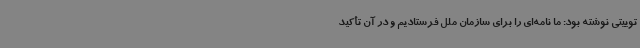
توییتی نوشته بود: ما نامه‌ای را برای سازمان ملل فرستادیم و در آن تأکید